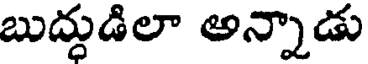
బుద్ధుడిలా అన్నాడు